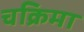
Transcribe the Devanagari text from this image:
चक्रिमा